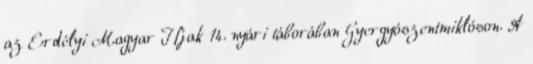
az Erdélyi Magyar Ifjak 14. nyári táborában Gyergyószentmiklóson. A